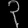
Digit: ၃